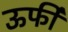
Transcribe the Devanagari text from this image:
ऊर्फी